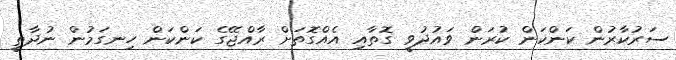
ސަރުކާރުން ކަންކަން ކުރަން ވައުދުވީ ގޮތާއި އެއްގޮތަށް ރާއްޖޭގެ ކަންކަން ހިނގަމުން ނުދާތީ